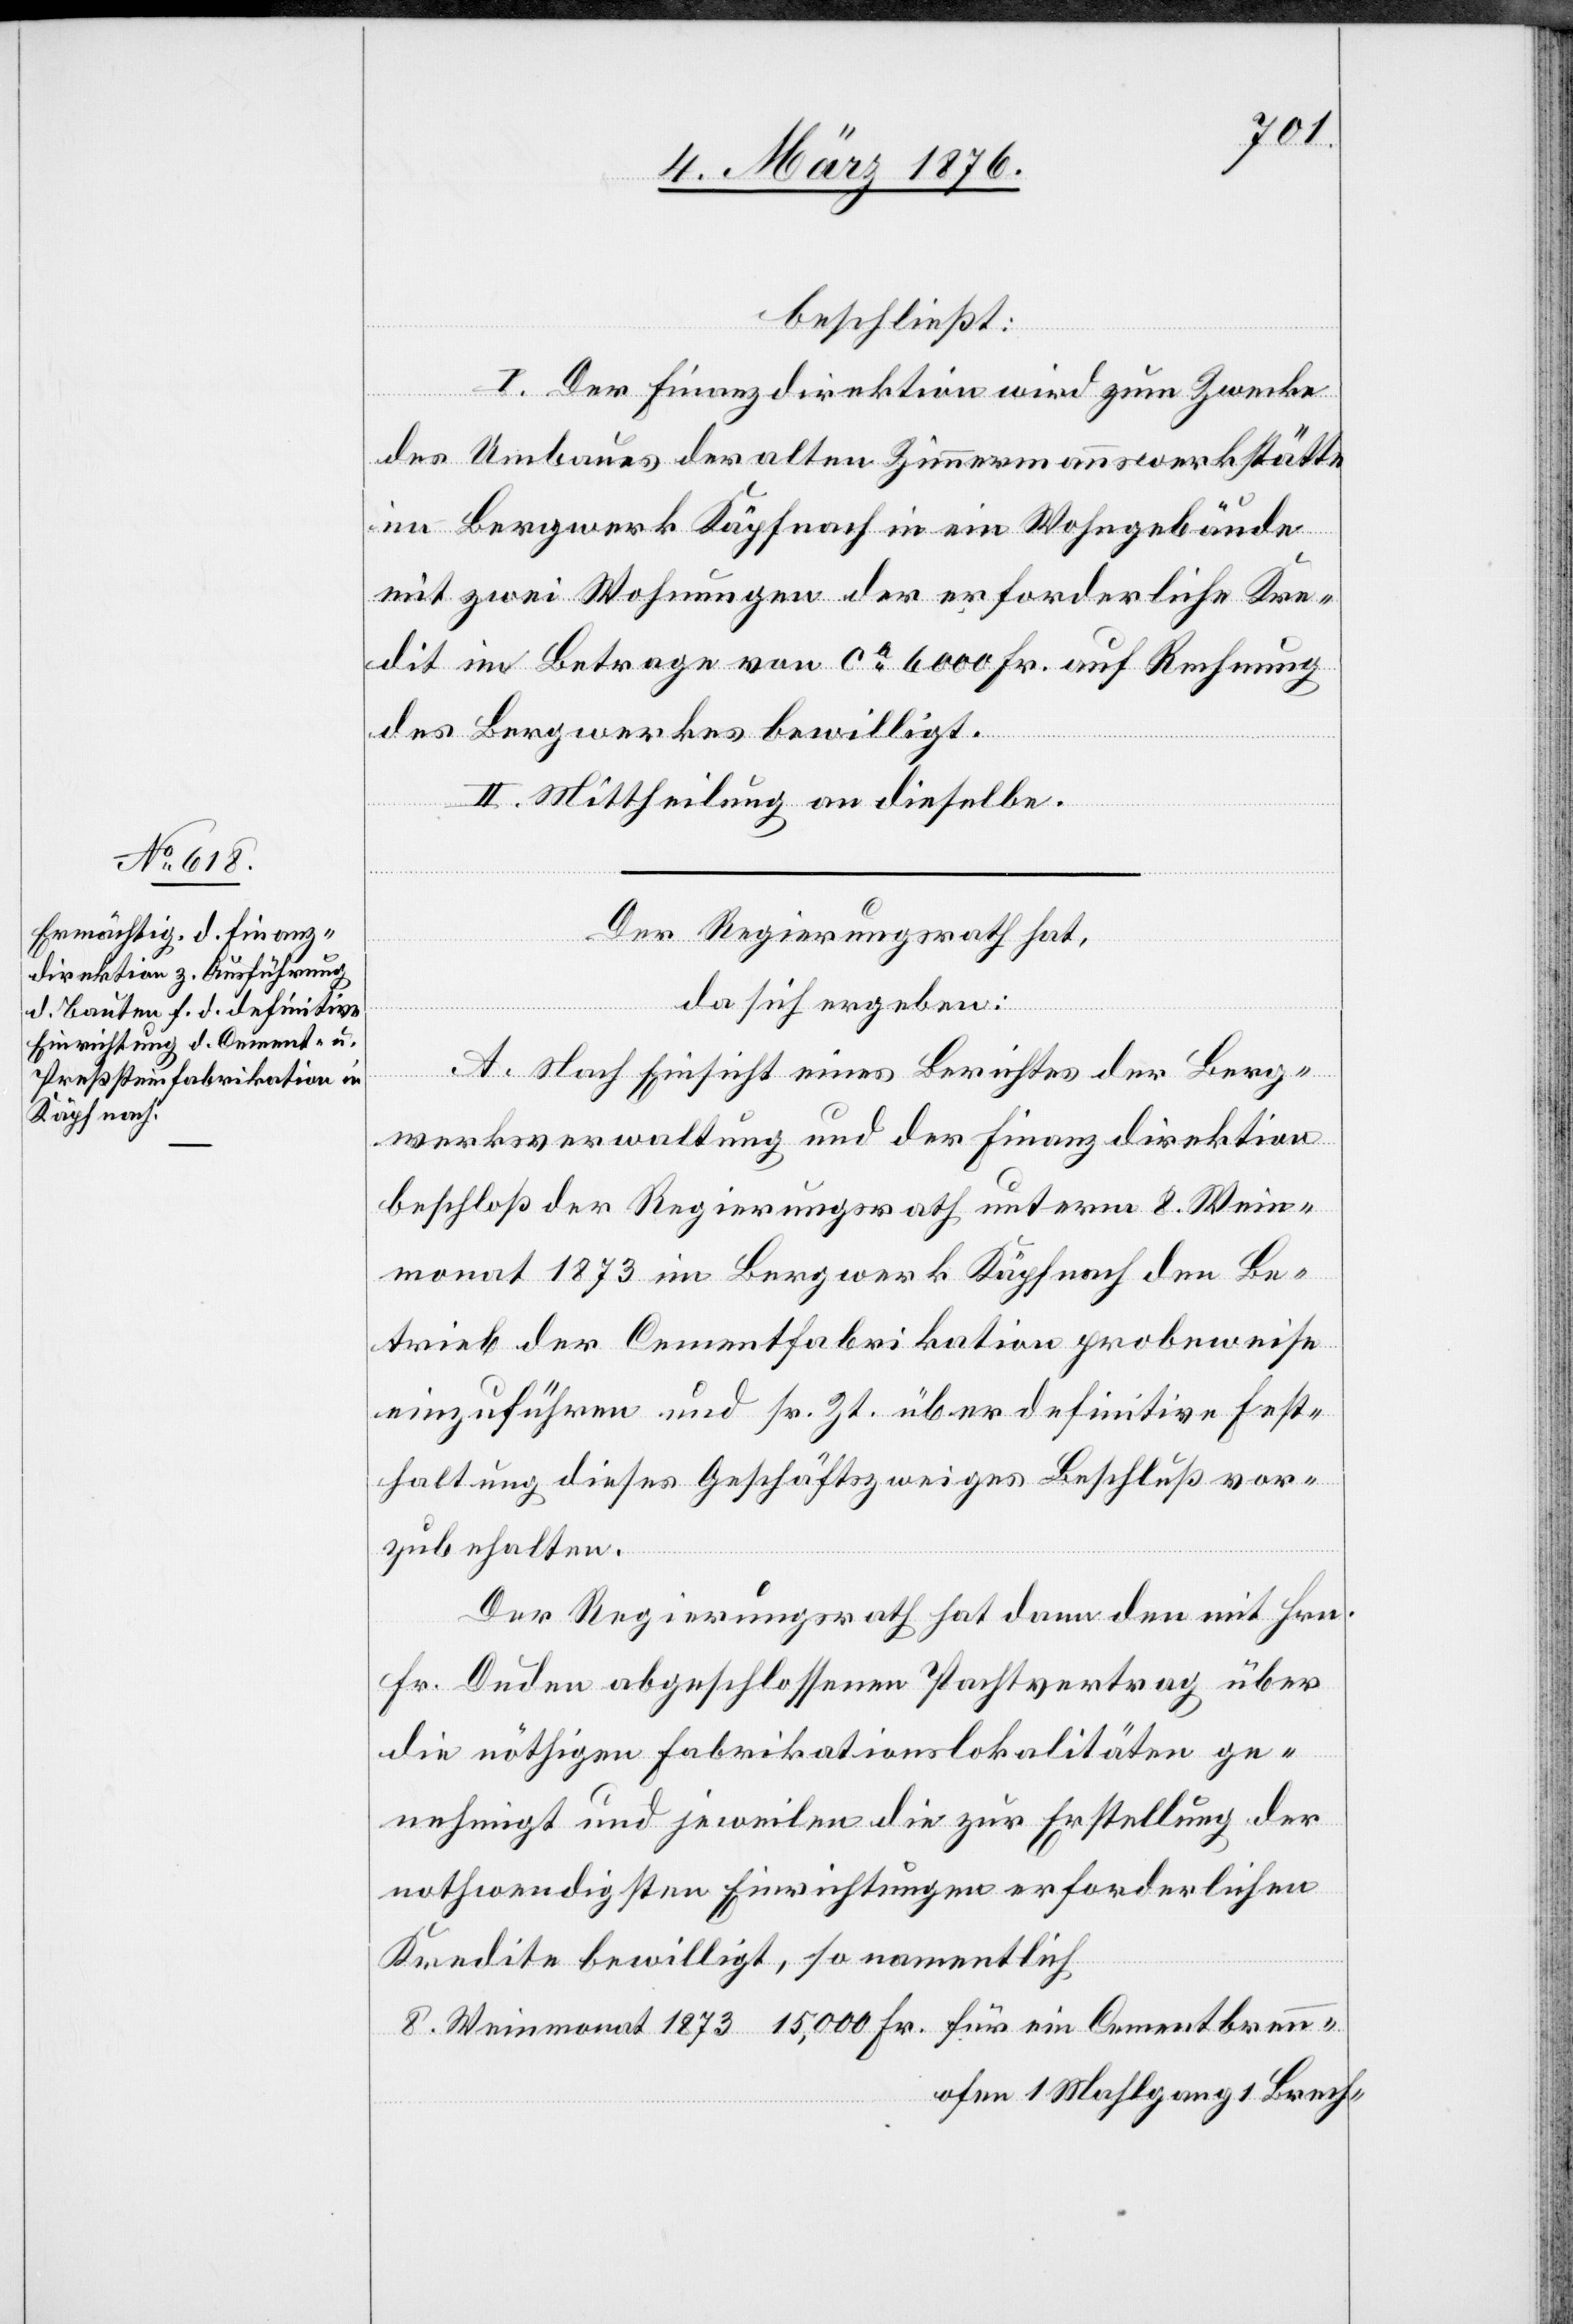
beschließt:
I. Der Finanzdirektion wird zum Zwecke
des Umbaues der alten Zimmermannswerkstätte
im Bergwerk Käpfnach in ein Wohngebäude
mit zwei Wohnungen der erforderliche Kre¬
dit im Betrage von ca 6000 Fr. auf Rechnung
des Bergwerkes bewilligt.
II. Mittheilung an dieselbe.
Der Regierungsrath hat,
da sich ergeben:
renn¬
Ce¬
A. Nach Einsicht eines Berichtes der Berg¬
werksverwaltung und der Finanzdirektion
beschloß der Regierungsrath unterm 8. Wein¬
monat 1873 im Bergwerk Käpfnach den Be¬
trieb der Cementfabrikation probeweise
einzuführen und sr. Zt. über definitive Fest¬
haltung dieses Geschäftszweiges Beschluß vor¬
zubehalten.
Der Regierungsrath hat dann den mit Hrn.
Fr. Duden abgeschlossenen Pachtvertrag über
die nöthigen Fabrikationslokalitäten ge¬
nehmigt und zuweilen die zur Erstellung der
nothwendigsten Einrichtungen erforderlichen
Kredite bewilligt, so namentlich
ofen 1 Mahlgang 1 Brech-